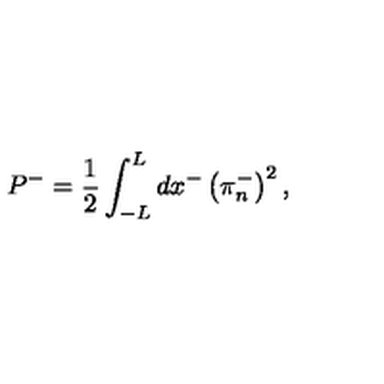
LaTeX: P ^ { - } = \frac { 1 } { 2 } \int _ { - L } ^ { L } d x ^ { - } \left( \pi _ { n } ^ { - } \right) ^ { 2 } ,